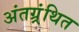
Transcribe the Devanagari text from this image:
अंतग्र्रंथित